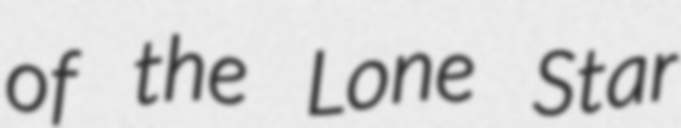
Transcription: of the Lone Star